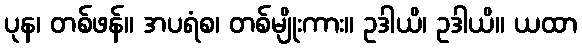
ပုန၊ တစ်ဖန်။ အပရံစ၊ တစ်မျိုးကား။ ဥဒါယိ၊ ဥဒါယိ။ ယထာ